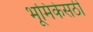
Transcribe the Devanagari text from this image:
भूमिकेसठी